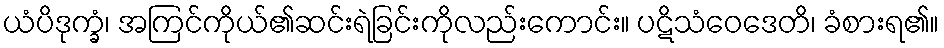
ယံပိဒုက္ခံ၊ အကြင်ကိုယ်၏ဆင်းရဲခြင်းကိုလည်းကောင်း။ ပဋိသံဝေဒေတိ၊ ခံစားရ၏။